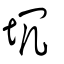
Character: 坈